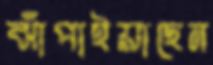
ঝাঁপাইয়াছেন